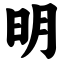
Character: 明